Burma Government Medical School reports 1907-22
Year: 1907
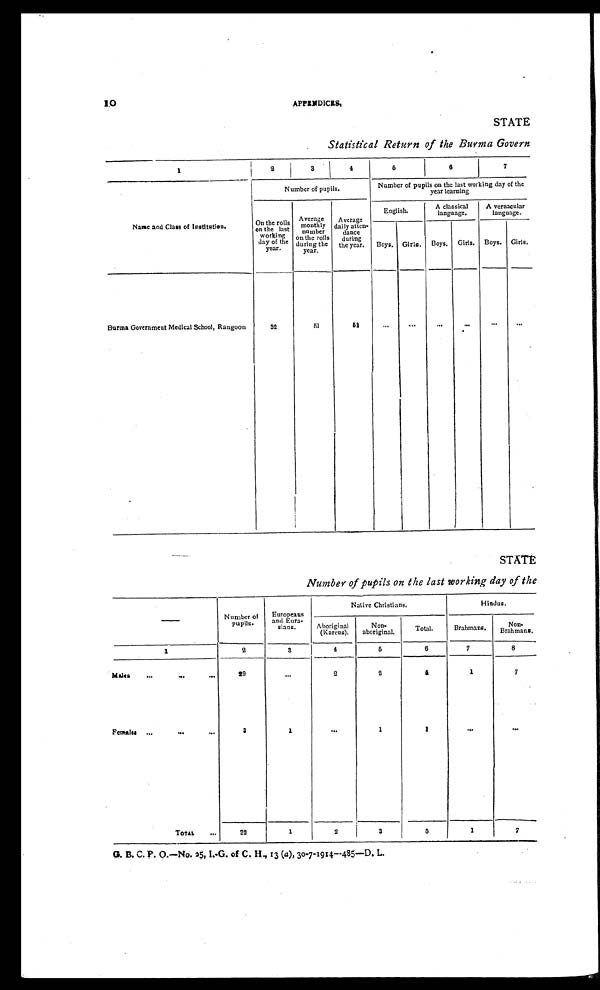
10
APPENDICES.
STATE
Statistical Return of the Burma Govern
1
2
3
4
5
6
7
Name and Class of Institution.
Number of pupils.
Number of pupils on the last working day of the
year learning
On the rolls
on the last
working
day of the
year.
Average
monthly number
on the rolls
during the
year.
Average
daily atten -
dance
during
the year.
English.
A classical
language.
A vernacular
language.
Boys. Girls. Boys. Girls. Boys. G i r l s .
Burma Government Medical School, Rangoon
32
51
51
... ...
...
...
,..
...
STATE
Number of pupils on the last working day of the
Number of
pupils.
Europeans
and Eura-
sians.
Nat i ve Chri st i ans.
Hindus.
Aboriginal ( K a r e n s ) .
Non -
aboriginal.
Total.
Brahmans.
N o n - B r a h m a n s .
1
2
3
4
5
6
7
8
Males
... ... ...
29
...
2
2
4 1
7
Females
... ..
. ...
3
1
...
1
1 ...
...
TOTAL
.,.
32
1
2
3
5 1
7
G. B. C. P. O.—No. 25, I.-G. of C. H., 13 (a), 30-7-1914—485—D. L.